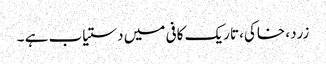
زرد، خاکی، تاریک کافی میں دستیاب ہے ۔